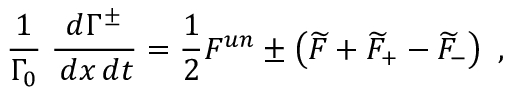
{ \frac { 1 } { \Gamma _ { 0 } } } \; { \frac { d \Gamma ^ { \pm } } { \, d x \, d t } } = { \frac { 1 } { 2 } } F ^ { u n } \pm \left( \widetilde { F } + \widetilde { F } _ { + } - \widetilde { F } _ { - } \right) \ ,